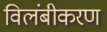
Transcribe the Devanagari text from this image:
विलंबीकरण